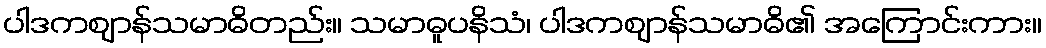
ပါဒကဈာန်သမာဓိတည်း။ သမာဓူပနိသံ၊ ပါဒကဈာန်သမာဓိ၏ အကြောင်းကား။